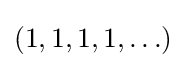
(1,1,1,1,\ldots )